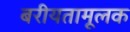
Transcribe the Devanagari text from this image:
बरीयतामूलक